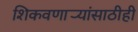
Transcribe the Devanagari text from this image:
शिकवणार्‍यांसाठीही